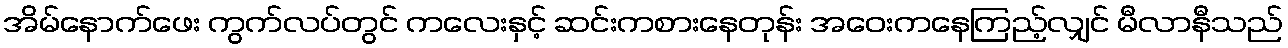
အိမ်နောက်ဖေး ကွက်လပ်တွင် ကလေးနှင့် ဆင်းကစားနေတုန်း အဝေးကနေကြည့်လျှင် မီလာနီသည်